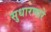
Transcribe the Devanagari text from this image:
सुधारणारे